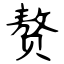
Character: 赘